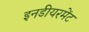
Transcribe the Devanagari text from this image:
इनडीयरमेंट